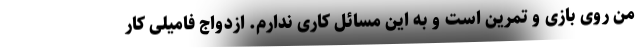
من روی بازی و تمرین است و به این مسائل کاری ندارم. ازدواج فامیلی کار